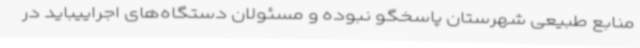
منابع طبیعی شهرستان پاسخگو نبوده و مسئولان دستگاه‌های اجراییباید در